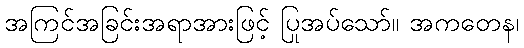
အကြင်အခြင်းအရာအားဖြင့် ပြုအပ်သော်။ အကတေန၊